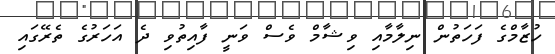
ހުޒާމްގެ ފަހަތުން ނިލާމާއި ވިޝާމް ވެސް ވަނީ ފާއިތުވި ދެ އަހަރުގެ ތެރޭގައި